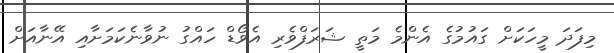
މިފަދަ މީހަކަށް ގައުމުގެ އެންމެ މަތީ ޝަރަފްވެރި އެވޯޑް ހައްގު ނުވާނެކަމަށާއި އޭނާއަށް